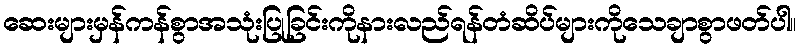
ဆေးများမှန်ကန်စွာအသုံးပြုခြင်းကိုနားလည်ရန်တံဆိပ်များကိုသေချာစွာဖတ်ပါ။